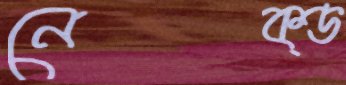
নেক্ড